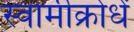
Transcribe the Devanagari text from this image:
स्वामीक्रोधें